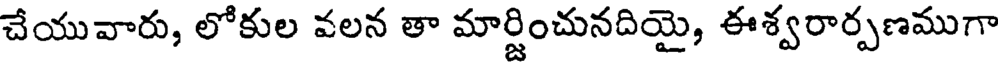
చేయువారు, లోకుల వలన తా మార్జించునదియై, ఈశ్వరార్పణముగా